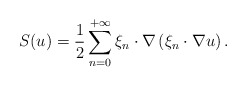
\begin{align*} S(u)=\frac{1}{2} \sum_{n=0}^{+\infty} \xi_{n} \cdot \nabla \left( \xi_{n} \cdot \nabla u \right) .\end{align*}